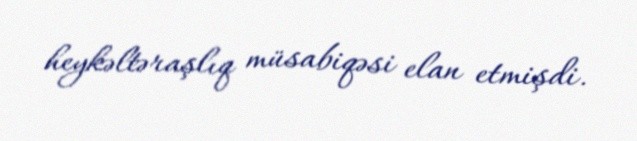
heykəltəraşlıq müsabiqəsi elan etmişdi.